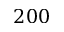
2 0 0